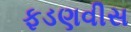
ફડણવીસ